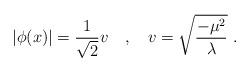
LaTeX: \begin{align*}|\phi(x)|=\frac{1}{\sqrt{2}}v\ \ \ ,\ \ \ v=\sqrt{\frac{-\mu^2}{\lambda}}\ .\end{align*}